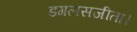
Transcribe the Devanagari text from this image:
डगलसजीता।